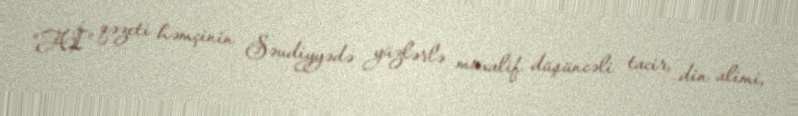
“Aİ” qəzeti həmçinin Səudiyyədə yüzlərlə müxalif düşüncəli tacir, din alimi,